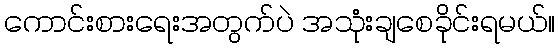
ကောင်းစားရေးအတွက်ပဲ အသုံးချစေခိုင်းရမယ်။